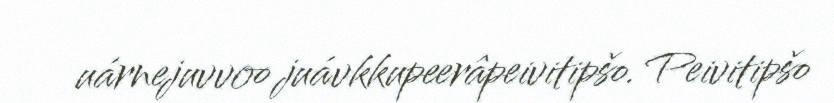
uárnejuvvoo juávkkupeerâpeivitipšo. Peivitipšo